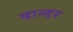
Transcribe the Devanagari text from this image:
बान्डर